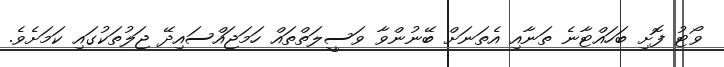
ވޯޓު ފޮށި ބަހައްޓާނެ ތަނާއި އެތަނަށް ބޭނުންވާ ވަސީލަތްތައް ހަމަޖައްސައިދޭ ޖަލުތަކުގައި ކަމަށެވެ.